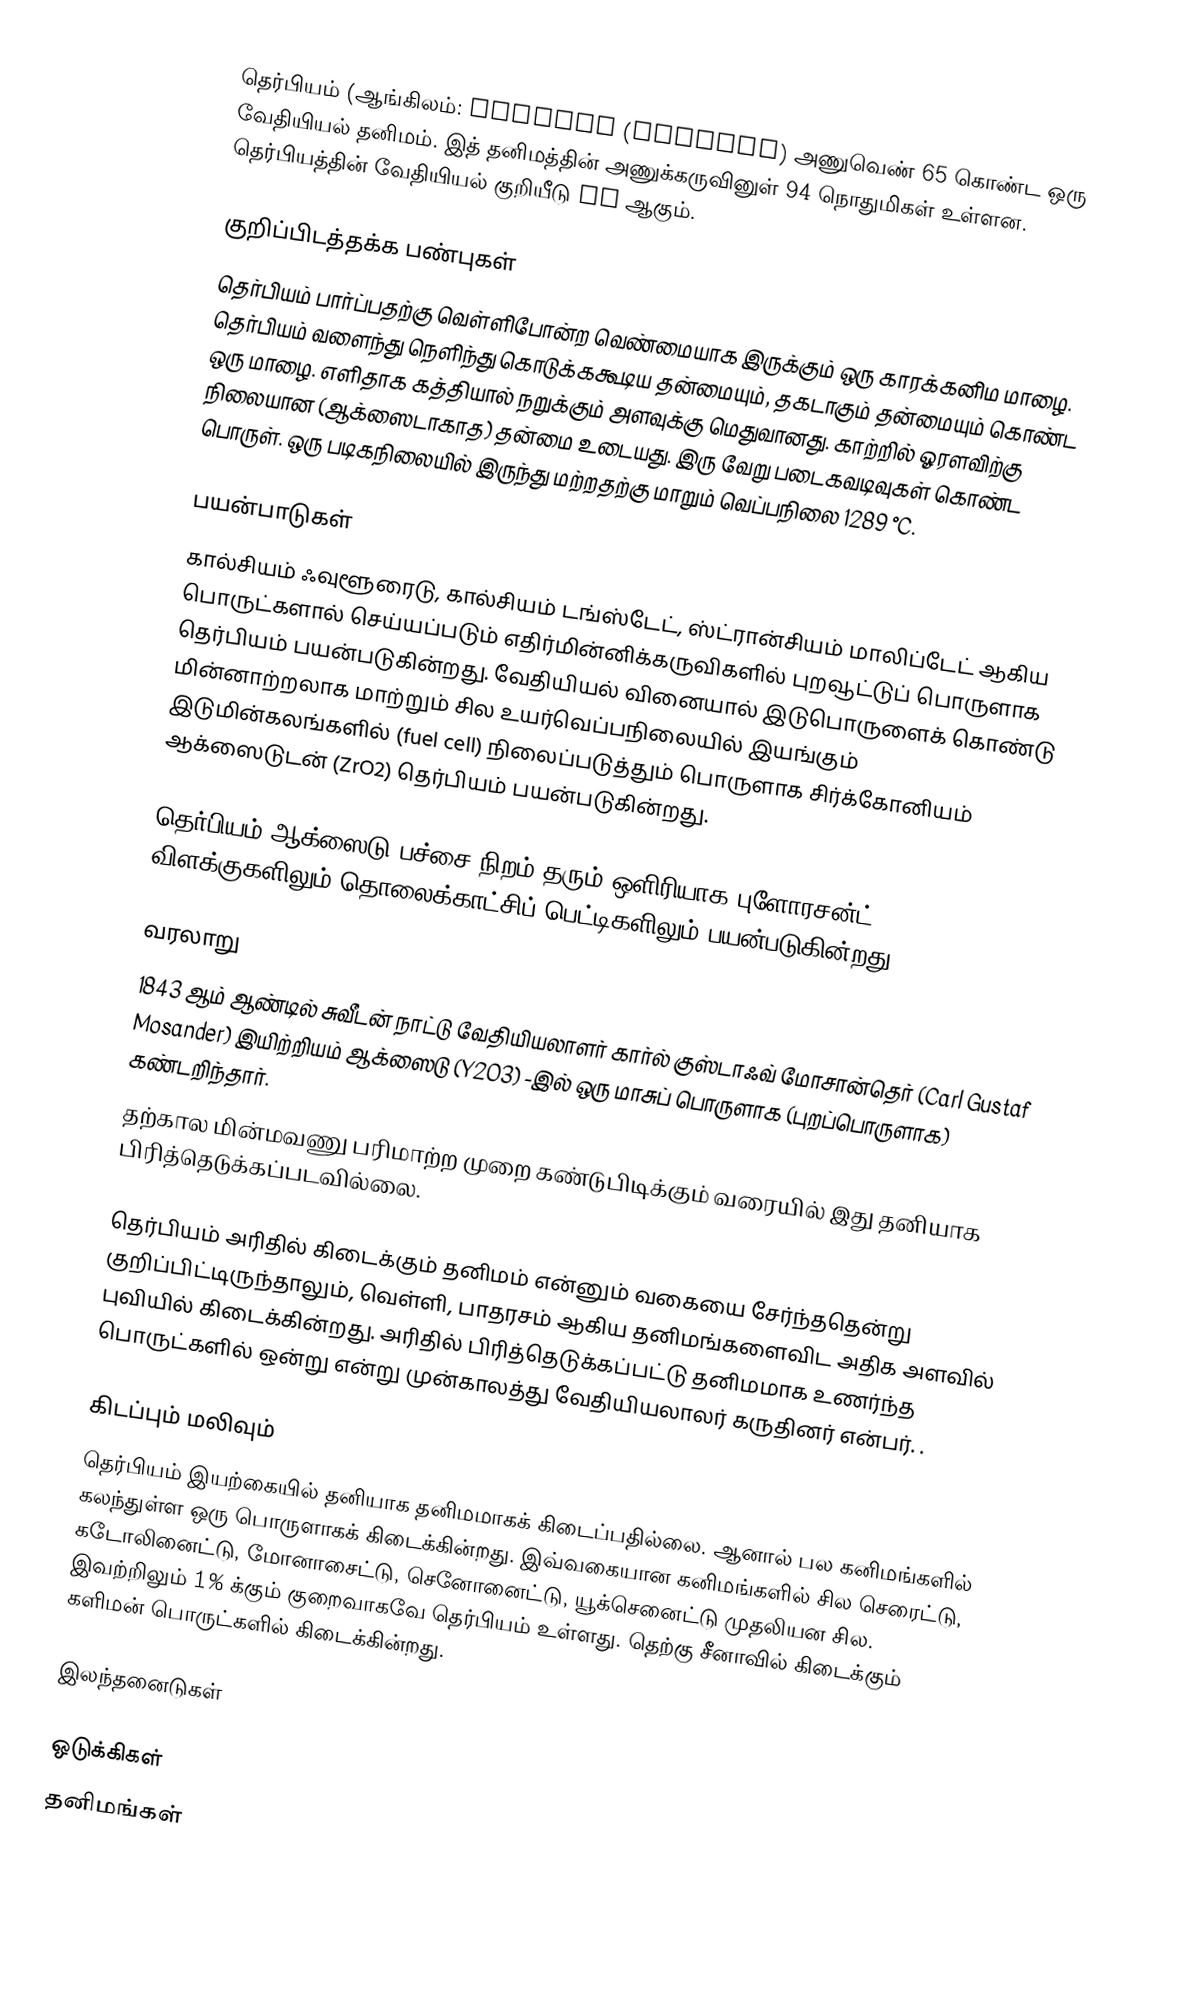
தெர்பியம் (ஆங்கிலம்: Terbium (ˈtɝbiəm) அணுவெண் 65 கொண்ட ஒரு வேதியியல் தனிமம். இத் தனிமத்தின் அணுக்கருவினுள் 94 நொதுமிகள் உள்ளன. தெர்பியத்தின் வேதியியல் குறியீடு Tb ஆகும்.

குறிப்பிடத்தக்க பண்புகள்
தெர்பியம் பார்ப்பதற்கு வெள்ளிபோன்ற வெண்மையாக இருக்கும் ஒரு காரக்கனிம மாழை. தெர்பியம் வளைந்து நெளிந்து கொடுக்ககூடிய தன்மையும், தகடாகும் தன்மையும் கொண்ட ஒரு மாழை. எளிதாக கத்தியால் நறுக்கும் அளவுக்கு மெதுவானது. காற்றில் ஓரளவிற்கு நிலையான (ஆக்ஸைடாகாத) தன்மை உடையது. இரு வேறு படைகவடிவுகள் கொண்ட பொருள். ஒரு படிகநிலையில் இருந்து மற்றதற்கு மாறும் வெப்பநிலை 1289 °C.

பயன்பாடுகள்
கால்சியம் ஃவுளூரைடு, கால்சியம் டங்ஸ்டேட், ஸ்ட்ரான்சியம் மாலிப்டேட் ஆகிய பொருட்களால் செய்யப்படும் எதிர்மின்னிக்கருவிகளில் புறவூட்டுப் பொருளாக தெர்பியம் பயன்படுகின்றது. வேதியியல் வினையால் இடுபொருளைக் கொண்டு மின்னாற்றலாக மாற்றும் சில உயர்வெப்பநிலையில் இயங்கும் இடுமின்கலங்களில் (fuel cell) நிலைப்படுத்தும் பொருளாக சிர்க்கோனியம் ஆக்ஸைடுடன் (ZrO2) தெர்பியம் பயன்படுகின்றது.

தெர்பியம் ஆக்ஸைடு பச்சை நிறம் தரும் ஒளிரியாக புளோரசன்ட் விளக்குகளிலும் தொலைக்காட்சிப் பெட்டிகளிலும் பயன்படுகின்றது.

வரலாறு
1843 ஆம் ஆண்டில் சுவீடன் நாட்டு வேதியியலாளர் கார்ல் குஸ்டாஃவ் மோசான்தெர் (Carl Gustaf Mosander) இயிற்றியம் ஆக்ஸைடு (Y2O3) -இல் ஒரு மாசுப் பொருளாக (புறப்பொருளாக) கண்டறிந்தார்.
தற்கால மின்மவணு பரிமாற்ற முறை கண்டுபிடிக்கும் வரையில் இது தனியாக பிரித்தெடுக்கப்படவில்லை.

தெர்பியம் அரிதில் கிடைக்கும் தனிமம் என்னும் வகையை சேர்ந்ததென்று குறிப்பிட்டிருந்தாலும், வெள்ளி, பாதரசம் ஆகிய தனிமங்களைவிட அதிக அளவில் புவியில் கிடைக்கின்றது. அரிதில் பிரித்தெடுக்கப்பட்டு தனிமமாக உணர்ந்த பொருட்களில் ஒன்று என்று முன்காலத்து வேதியியலாலர் கருதினர் என்பர். .

கிடப்பும் மலிவும்
தெர்பியம் இயற்கையில் தனியாக தனிமமாகக் கிடைப்பதில்லை. ஆனால் பல கனிமங்களில் கலந்துள்ள ஒரு பொருளாகக் கிடைக்கின்றது. இவ்வகையான கனிமங்களில் சில செரைட்டு, கடோலினைட்டு, மோனாசைட்டு, செனோனைட்டு, யூக்செனைட்டு முதலியன சில. இவற்றிலும் 1% க்கும் குறைவாகவே தெர்பியம் உள்ளது. தெற்கு சீனாவில் கிடைக்கும் களிமன் பொருட்களில் கிடைக்கின்றது.

இலந்தனைடுகள்

ஒடுக்கிகள்
தனிமங்கள்